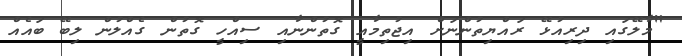
"މާލޭގައި ދިރިއުޅޭ ރައްޔިތުންނަށް އިޖުތިމާއީ ގޮތުންނާއި ސިއްހީ ގޮތުން ގެއްލުން ލިބޭ ބައެއް